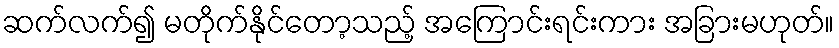
ဆက်လက်၍ မတိုက်နိုင်တော့သည့် အကြောင်းရင်းကား အခြားမဟုတ်။